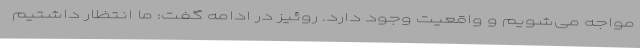
مواجه می‌شویم و واقعیت وجود دارد. روئیز در ادامه گفت: ما انتظار داشتیم